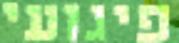
פיגועי